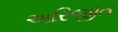
અરિજીત